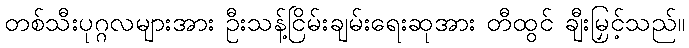
တစ်သီးပုဂ္ဂလများအား ဦးသန့်ငြိမ်းချမ်းရေးဆုအား တီထွင် ချီးမြှင့်သည်။